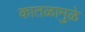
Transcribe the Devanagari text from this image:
कातळामुळे